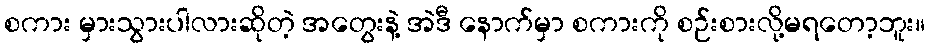
စကား မှားသွားပါလားဆိုတဲ့ အတွေးနဲ့ အဲဒီ နောက်မှာ စကားကို စဉ်းစားလို့မရတော့ဘူး။